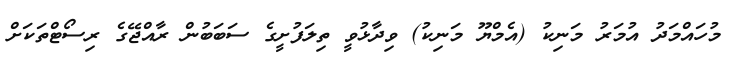
މުހައްމަދު އުމަރު މަނިކު (އެމްޔޫ މަނިކު) ވިދާޅުވީ ތިލަފުށީގެ ސަބަބުން ރާއްޖޭގެ ރިސޯޓްތަކަށް